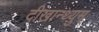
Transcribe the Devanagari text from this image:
दीखान्थ्युम्